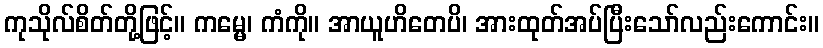
ကုသိုလ်စိတ်တို့ဖြင့်။ ကမ္မေ၊ ကံကို။ အာယူဟိတေပိ၊ အားထုတ်အပ်ပြီးသော်လည်းကောင်း။